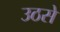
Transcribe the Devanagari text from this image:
उठसे